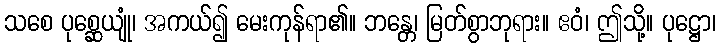
သစေ ပုစ္ဆေယျုံ၊ အကယ်၍ မေးကုန်ရာ၏။ ဘန္တေ၊ မြတ်စွာဘုရား။ ဧဝံ၊ ဤသို့။ ပုဋ္ဌော၊